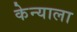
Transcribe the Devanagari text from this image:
केन्याला